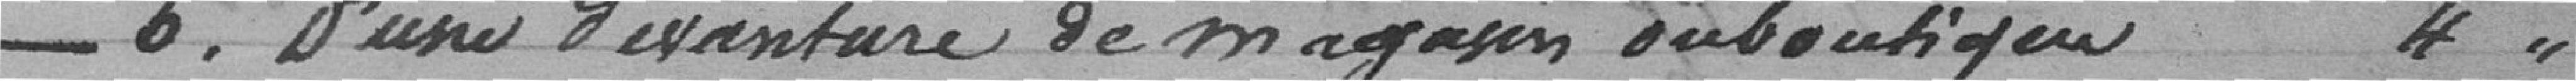
N° 6 d'une devanture de magasin ou boutique  4.00 francs